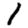
Digit: 1